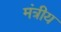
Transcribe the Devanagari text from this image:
मंत्रीय